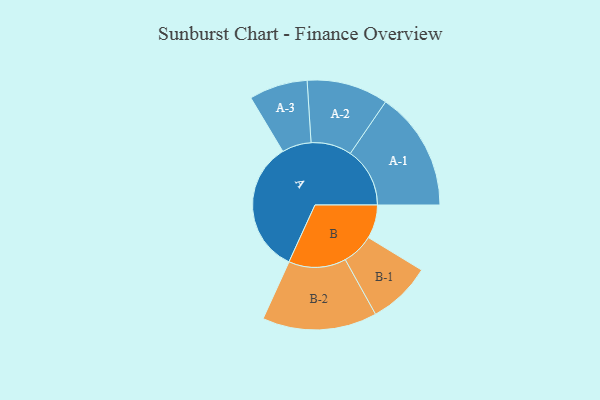
{"axis": {"x": "Segment", "y": "Value"}, "legend": ["", "A", "B"], "data": [{"x": "A", "y": 488, "type": ""}, {"x": "B", "y": 123, "type": ""}, {"x": "A-1", "y": 218, "type": "A"}, {"x": "A-2", "y": 149, "type": "A"}, {"x": "A-3", "y": 107, "type": "A"}, {"x": "B-1", "y": 116, "type": "B"}, {"x": "B-2", "y": 210, "type": "B"}]}